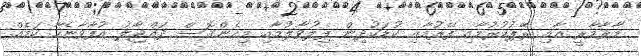
މާރާމާރީ އާއި ރޭޕުކުރުމާއި ފޭރުމާއި ކުޑަކުދިން ފިލުވާލުމާއި މިހެންގޮސް ދައްޖާލު އުފާވާނެހާ ކަމެއް